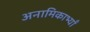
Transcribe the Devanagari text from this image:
अनामिकाभ्याँ